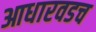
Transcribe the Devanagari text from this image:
आधारवडच